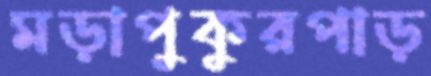
মড়াপুকুরপাড়